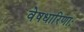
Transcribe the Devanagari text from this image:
वेषधारिणाः